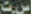
ست